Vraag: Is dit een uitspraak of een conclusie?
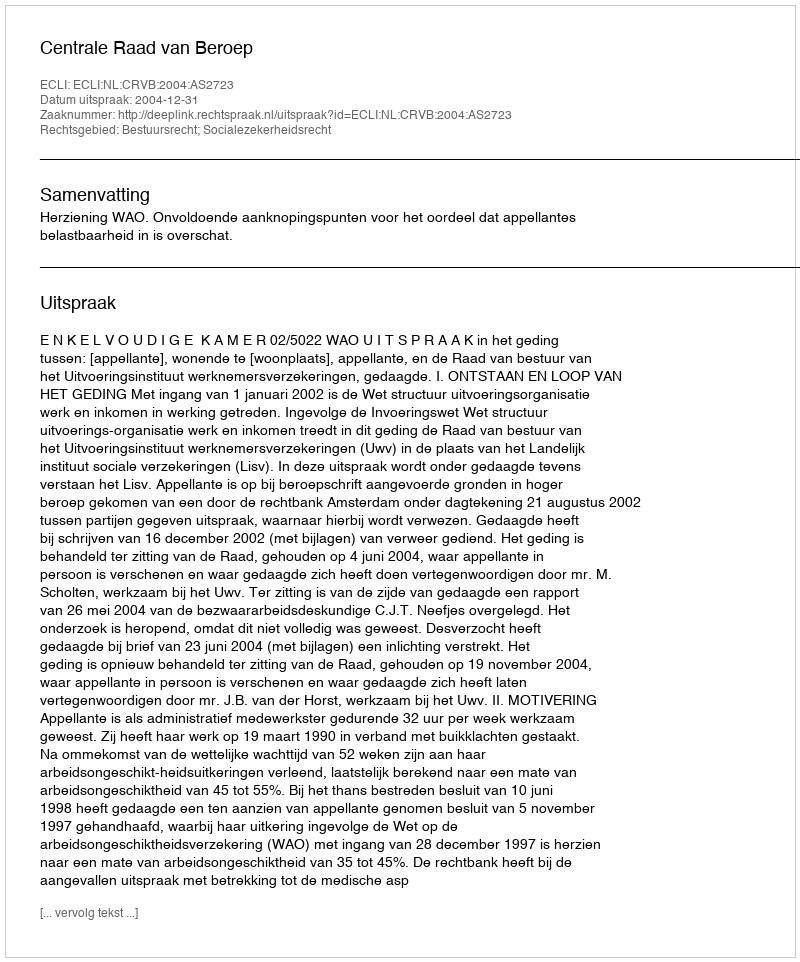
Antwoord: Uitspraak